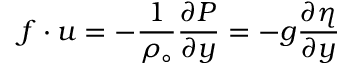
f \cdot u = - \frac { 1 } { \rho _ { \circ } } \frac { \partial P } { \partial y } = - g \frac { \partial \eta } { \partial y }